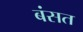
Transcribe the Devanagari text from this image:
बंसत